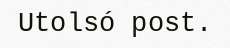
Utolsó post.